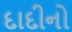
દાદીનો